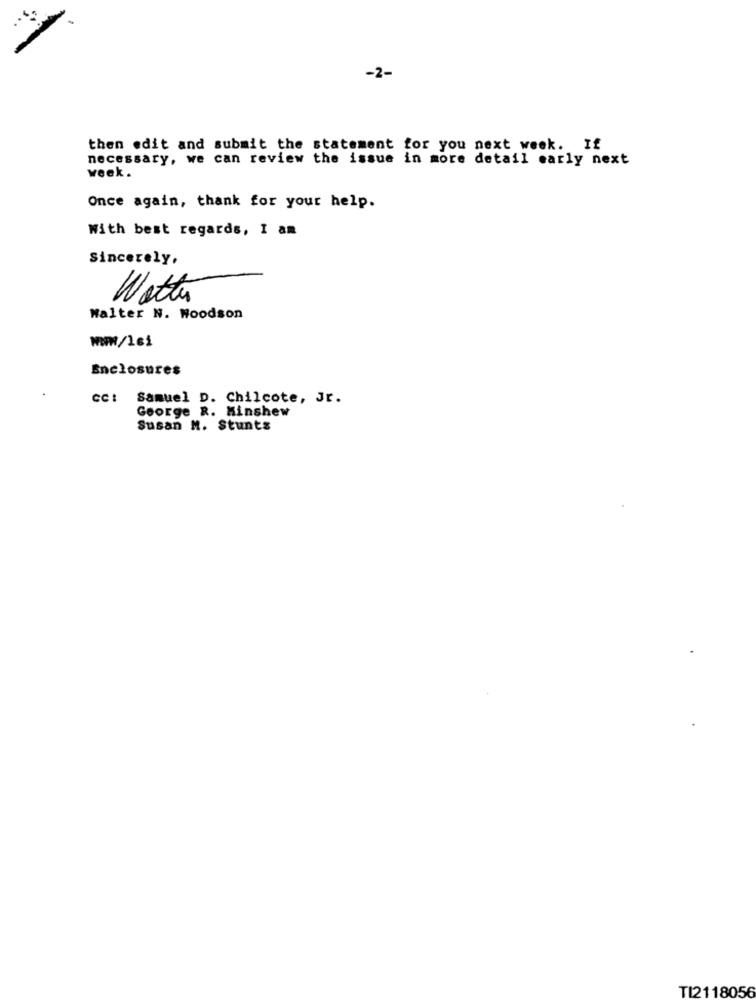
-2-
then edit and submit the statement for you next week. If
necessary, we can review the issue in more detail early next
week.
Once again, thank for your help.
With best regards, I am
Sincerely,
Watte
Walter N. Woodson
Enclosures
CC:
Samuel D. Chilcote, Jr.
George R. Minshew
Susan M. Stunts
TI2118056